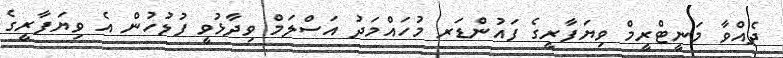
ދެއްވާ މަނީޓްރީމް ވިޔަފާރީގެ ފައުންޑަރ މުހައްމަދު އަސްލަމް ވިދާޅުވީ ފުލުހުން އެ ވިޔަފާރީގެ